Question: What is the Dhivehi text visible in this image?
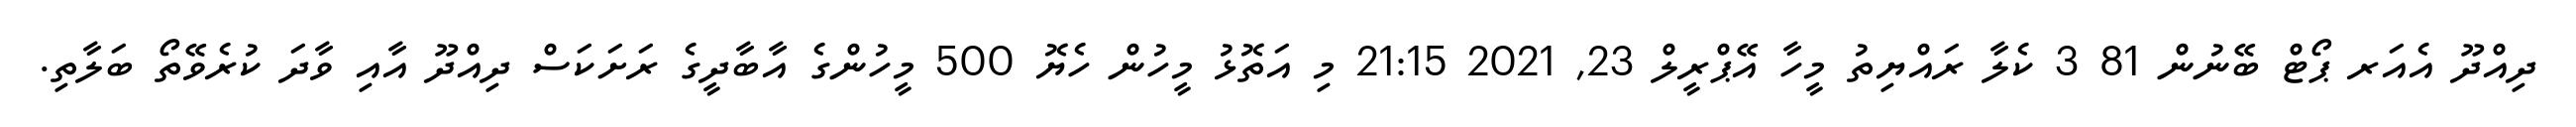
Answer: ދިއްދޫ އެއަރ ޕޯޓް ބޭނުން 81 3 ކެލާ ރައްޔިތު މީހާ އޭޕްރީލް 23, 2021 21:15 މި އަތޮޅު މީހުން ހެޔޮ 500 މީހުންގެ އާބާދީގެ ރަށަކަސް ދިއްދޫ އާއި ވާދަ ކުރެވޭތޯ ބަލާތި.